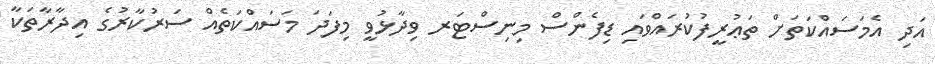
އަދި އެމަސައްކަތަށް ތަޢުރީފުކުރައްވައި ޑިފެންސް މިނިސްޓަރ ވިދާޅުވީ މިފަދަ މަސައްކަތެއް ސަރުކާރުގެ އިދާރާތަކާ